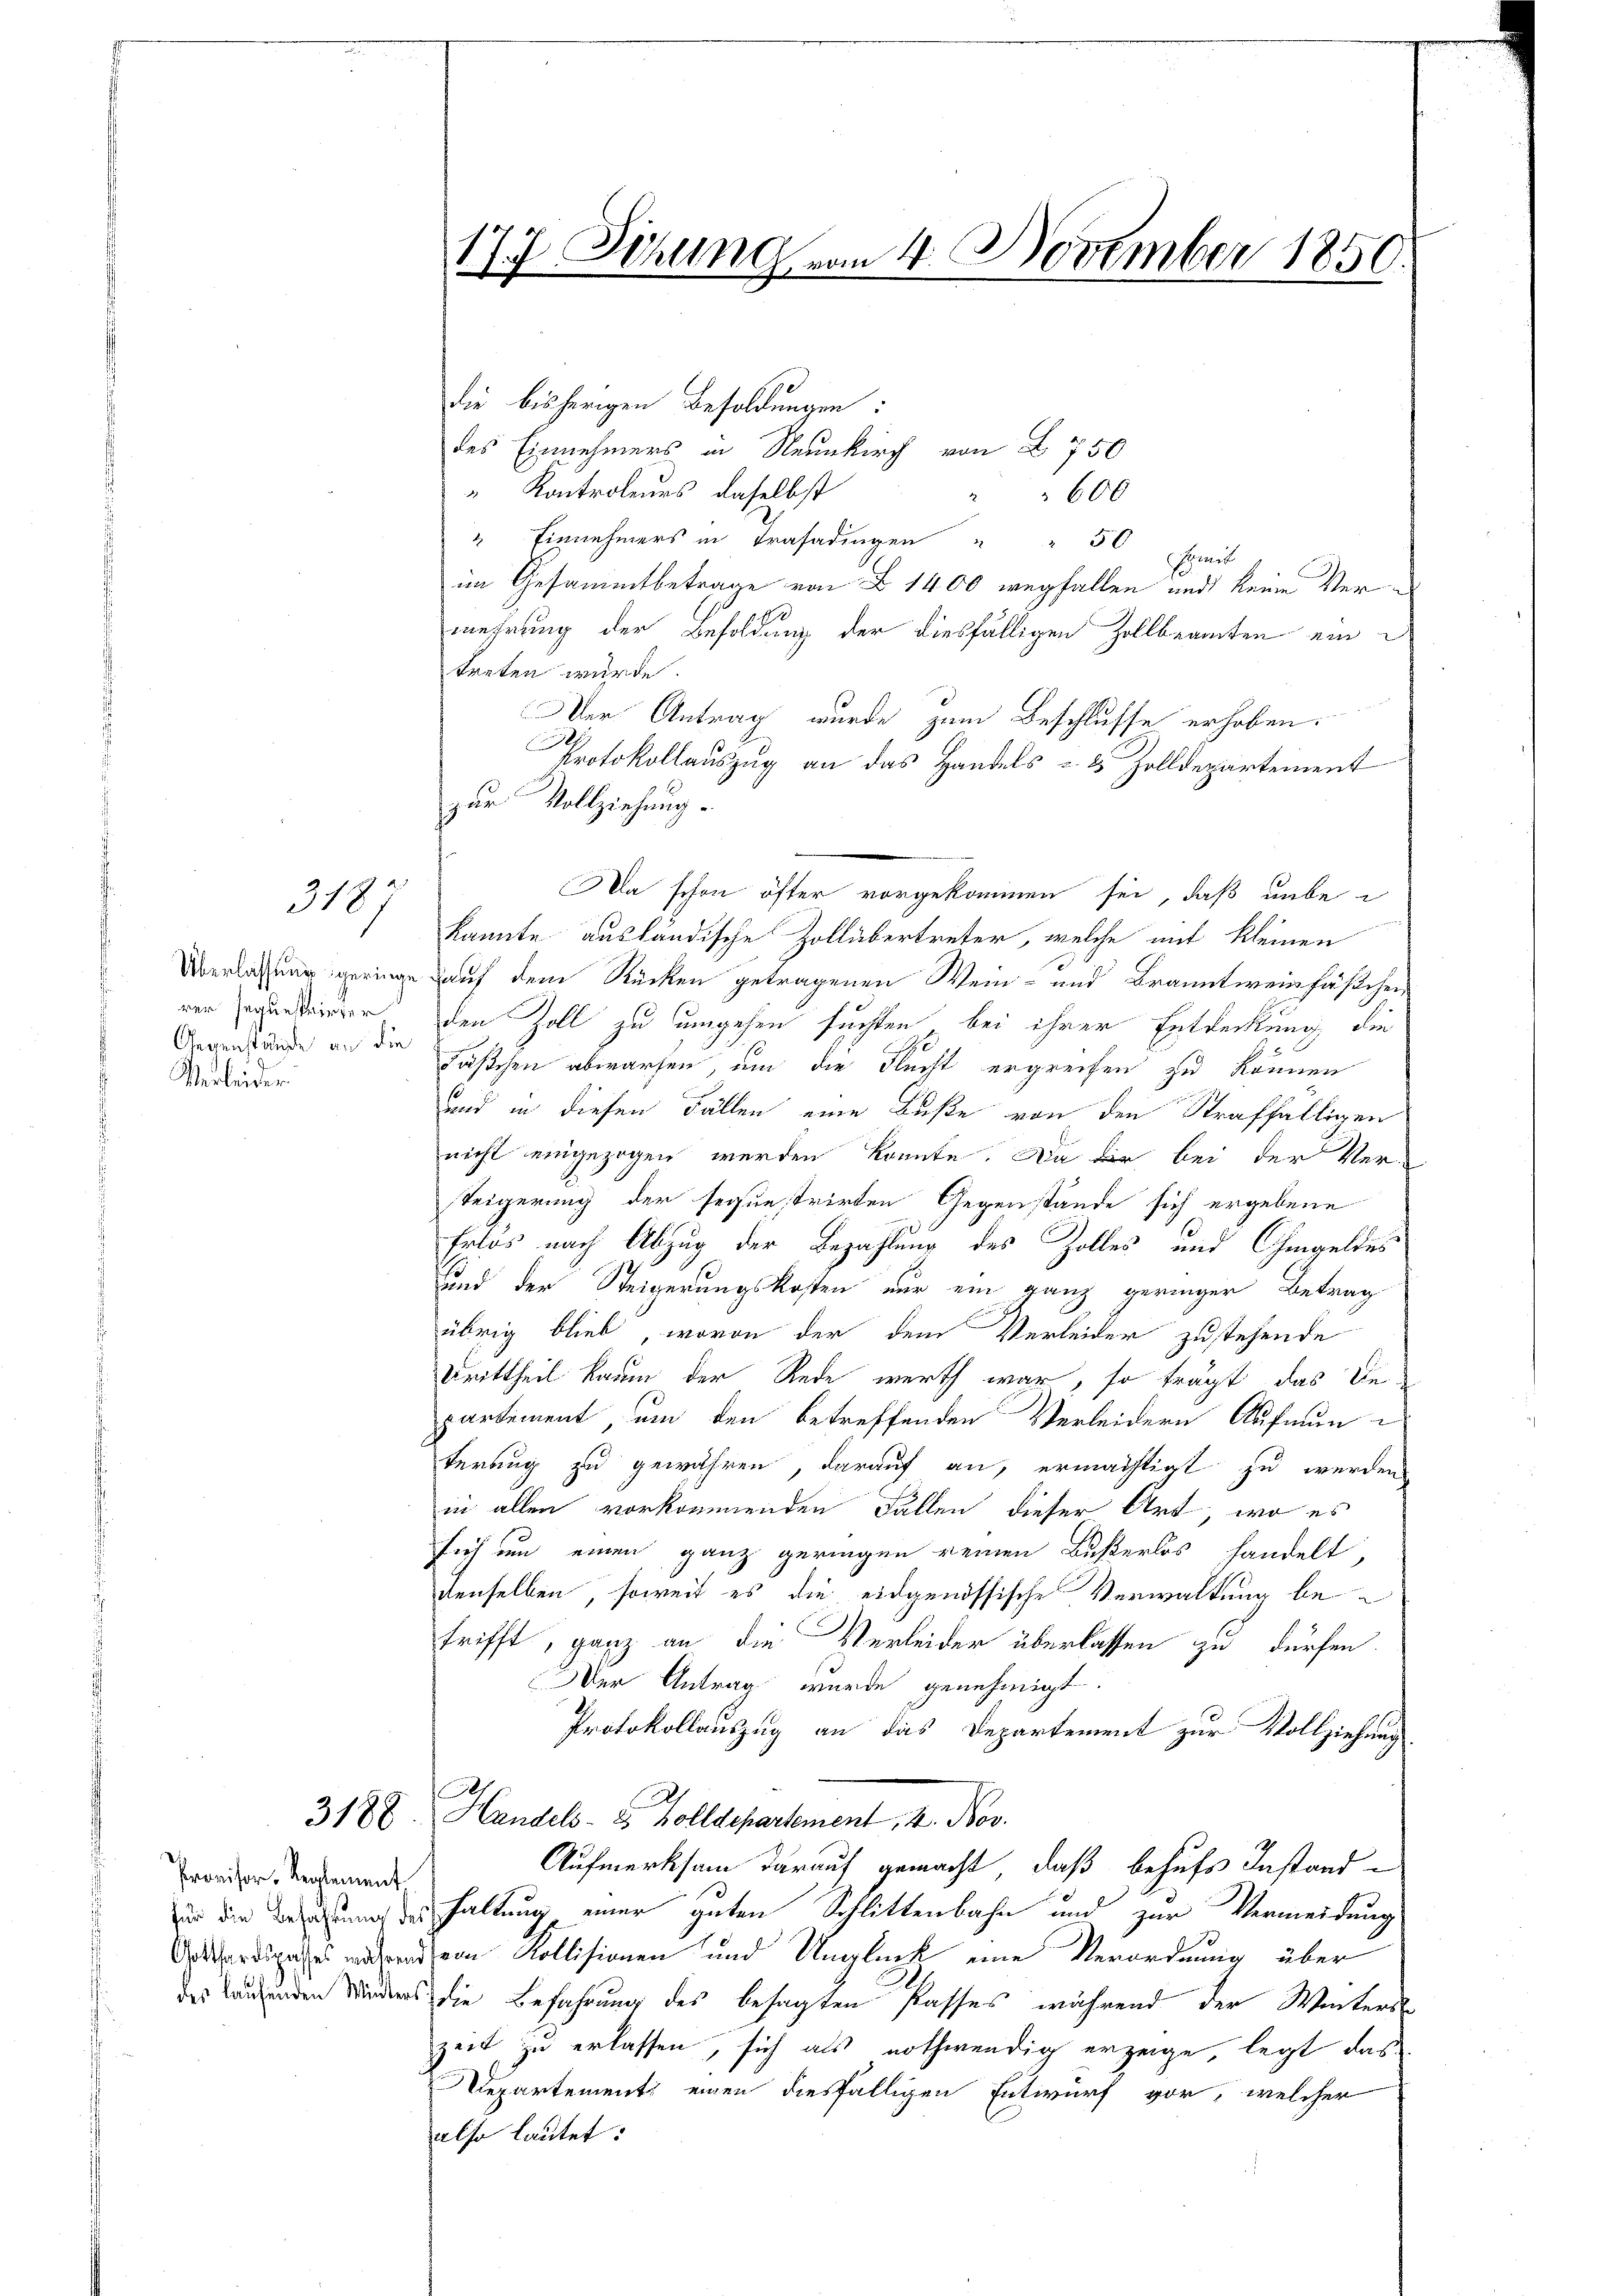
318

rer seguestrirter
Verleider

Provisor, Reglement

die bisherigen Besoldungen:
des Einnehmers in Neunkirch von § 750
 Kontroleurs, daselbst
600
" Einnehmers in Trasadingen " " 50
met
im Gesammtbetrage von § 1400 wegfallen und keine Vermehrung der Besoldung der diesfälligen Zollbeamten ein
treten würde.
Der Antrag wurde zum Beschlusse erhoben:
Protokollauszug an das Handels u. 2 Zolldepartement
zur Vollziehung.
Da schon öfter vorgekommen sei, daß unbe
kannte ausländische Zollübertreter, welche mit kleinen
Überlassung geringe auf dem Rücken getragenen Wein- und Branntweinfäßchen
den Zoll zu umgehen suchten bei ihrer Entdeckung die
Gegenstände an die Faschen abwarfen, um die Flucht ergreifen zu können
und in diesen Fällen eine Buße von den Straffälligen
nicht eingezogen werden könnte. Da wir bei der Ver-
Teigerung der seque trirten Gegenstände sich ergebene
Erlös nach Abzug der Bezahlung des Zolles und Ohmgeldes
Uund der Steigerungskosten nur ein ganz geringer Betrag
übrig blieb, wovon der dem Verleider zustehende
Drittheil kaum der Rede werth war, so trägt das Be-
partement, um den betreffenden Verleidern Aufmun-
terung zu gewähren, darauf an, ermächtigt zu werden
in allen vorkommenden Fällen dieser Art, wo es
sich um einen ganz geringen reinen Busserlos handelt,
denselben, soweit es die eidgenössische Verwaltung betrifft, ganz an die Verleider überlassen zu dürfen.
Der Antrag wurde genehmigt.
Protokollauszug an das Departement zur Vollziehung
1
3188. Handels- & Zolldepartement, 4. Nov.
Aufmerksam darauf gemacht, daß behufs Instand-
zin die Beistung deshaltung einer guten Schlittenbahn und zur Vermeidung
Grkhardspahres werden Kollisionen und Unglück eine Verordnung über
des Landenden Wieders die Befahrung des besagten Passes während der Winters
zeit zu erlassen, sich als nothwendig erzeige legt das
Departement einen diesfälligen Entwurf vor, welcher
also lautet:

177 Setzung vom 4. November 1850.